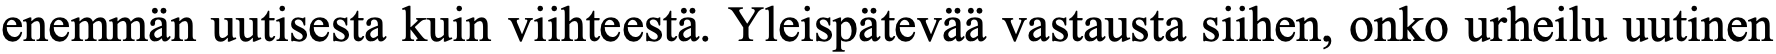
enemmän uutisesta kuin viihteestä. Yleispätevää vastausta siihen, onko urheilu uutinen